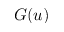
G ( u )